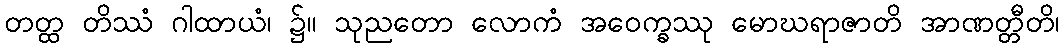
တတ္ထ တိဿံ ဂါထာယံ၊ ၌။ သုညတော လောကံ အဝေက္ခဿု မောဃရာဇာတိ အာဏတ္တီတိ၊